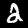
Label: 2